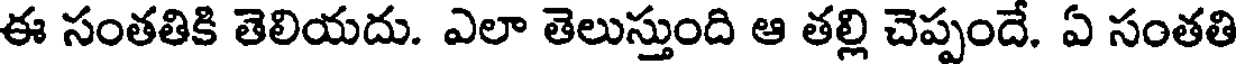
ఈ సంతతికి తెలియదు. ఎలా తెలుస్తుంది ఆ తల్లి చెప్పందే. ఏ సంతతి